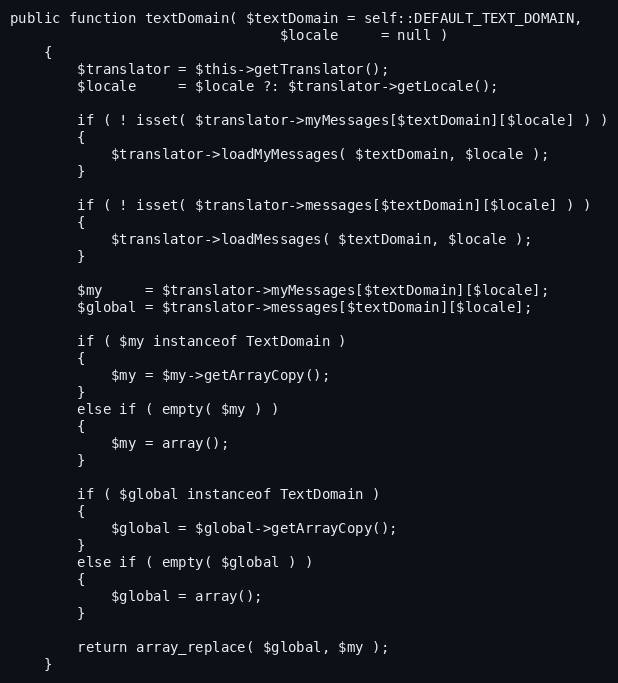
Language: PHP
public function textDomain( $textDomain = self::DEFAULT_TEXT_DOMAIN,
                                $locale     = null )
    {
        $translator = $this->getTranslator();
        $locale     = $locale ?: $translator->getLocale();

        if ( ! isset( $translator->myMessages[$textDomain][$locale] ) )
        {
            $translator->loadMyMessages( $textDomain, $locale );
        }

        if ( ! isset( $translator->messages[$textDomain][$locale] ) )
        {
            $translator->loadMessages( $textDomain, $locale );
        }

        $my     = $translator->myMessages[$textDomain][$locale];
        $global = $translator->messages[$textDomain][$locale];

        if ( $my instanceof TextDomain )
        {
            $my = $my->getArrayCopy();
        }
        else if ( empty( $my ) )
        {
            $my = array();
        }

        if ( $global instanceof TextDomain )
        {
            $global = $global->getArrayCopy();
        }
        else if ( empty( $global ) )
        {
            $global = array();
        }

        return array_replace( $global, $my );
    }